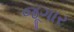
જૂગાર